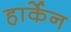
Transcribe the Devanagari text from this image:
हार्केन